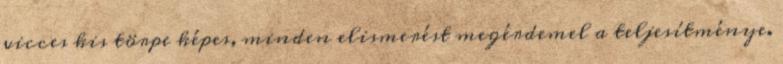
vicces kis törpe képes, minden elismerést megérdemel a teljesítménye.